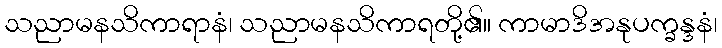
သညာမနသိကာရာနံ၊ သညာမနသိကာရတို့၏။ ကာမာဒိအနုပက္ခန္ဒနံ၊